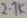
Text: 2.7K